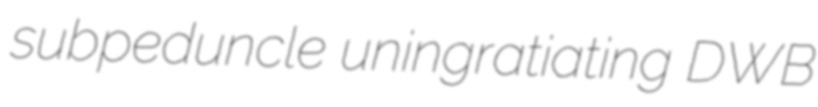
subpeduncle uningratiating DWB